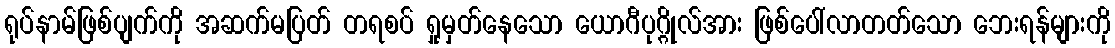
ရုပ်နာမ်ဖြစ်ပျက်ကို အဆက်မပြတ် တရစပ် ရှုမှတ်နေသော ယောဂီပုဂ္ဂိုလ်အား ဖြစ်ပေါ်လာတတ်သော ဘေးရန်များကို